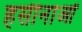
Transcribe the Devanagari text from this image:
हसीनाओं